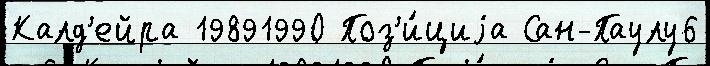
Калд'ейра 19891990 Поз'и́циjа Сан-Паулу6